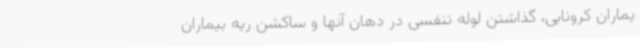
یماران کرونایی، گذاشتن لوله تنفسی در دهان آنها و ساکشن ریه بیماران